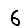
Digit: 6